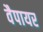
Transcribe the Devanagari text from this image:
वैपायर